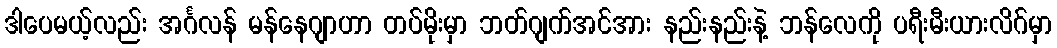
ဒါပေမယ့်လည်း အင်္ဂလန် မန်နေဂျာဟာ တပ်မိုးမှာ ဘတ်ဂျက်အင်အား နည်းနည်းနဲ့ ဘန်လေကို ပရီးမီးယားလိဂ်မှာ